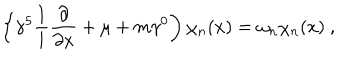
\left\{ \gamma ^ { 5 } \frac { 1 } { 1 } { i } \frac { \partial } { \partial x } + \mu + m \gamma ^ { 0 } \right) \chi _ { n } ( x ) = \omega _ { n } \chi _ { n } ( x ) \ ,